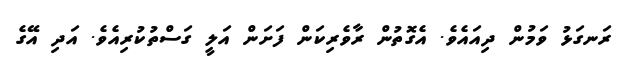
ރަނގަޅު ވަމުން ދިއައެވެ. އެގޮތުން ރާވެރިކަން ފަށަން އަލީ ގަސްތުކުރިއެވެ. އަދި އޭގެ